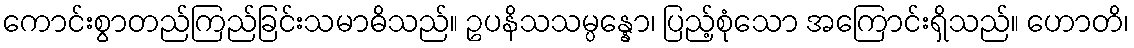
ကောင်းစွာတည်ကြည်ခြင်းသမာဓိသည်။ ဥပနိသသမ္ပန္နော၊ ပြည့်စုံသော အကြောင်းရှိသည်။ ဟောတိ၊